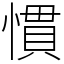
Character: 慣